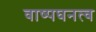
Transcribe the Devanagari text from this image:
वाष्पघनत्व